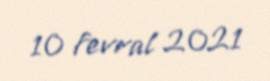
10 fevral 2021